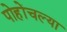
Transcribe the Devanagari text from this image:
पोहोंचल्या